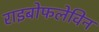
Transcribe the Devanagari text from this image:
राइबोफलेविन